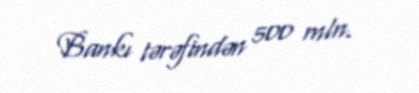
Bankı tərəfindən 500 mln.